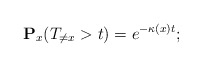
\begin{align*}\mathbf{P}_x(T_{\neq x}>t)=e^{-\kappa(x) t};\end{align*}